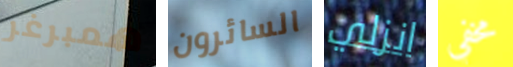
همبرغر السائرون انزلي مخفي